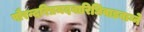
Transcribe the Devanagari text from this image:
पौरन्दरिप्रमदवारिधिवाडवाग्ने